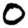
Digit: 0